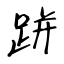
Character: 跰